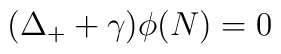
(\Delta_+ + \gamma)\phi(N)=0